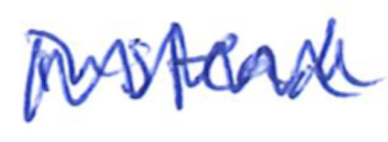
Text: instead
Cross-out: zig-zag
Writing tool: ballpoint